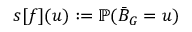
s [ f ] ( u ) : = \mathbb { P } ( \bar { B } _ { G } = u )